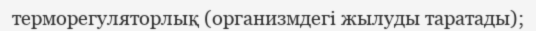
терморегуляторлық (организмдегі жылуды таратады);